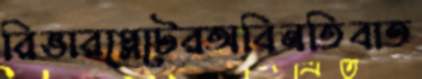
রিভারপ্লেটেরঅবিনতিবাত